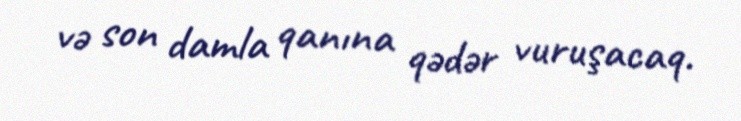
və son damla qanına qədər vuruşacaq.